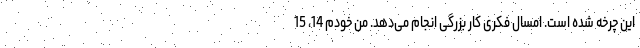
این چرخه شده است. امسال فکری کار بزرگی انجام می‌دهد. من خودم 14، 15